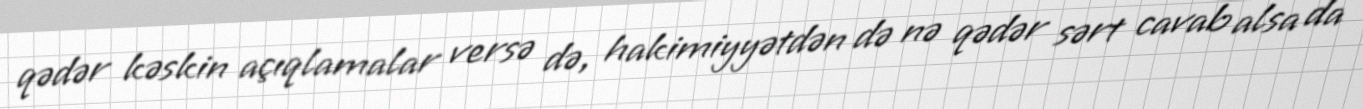
qədər kəskin açıqlamalar versə də, hakimiyyətdən də nə qədər sərt cavab alsa da